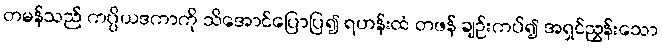
တမန်သည် ကပ္ပိယဒကာကို သိအောင်ပြောပြ၍ ရဟန်းထံ တဖန် ချဉ်းကပ်၍ အရှင်ညွှန်းသော